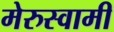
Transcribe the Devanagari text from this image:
मेरुस्वामी